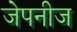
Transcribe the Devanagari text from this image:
जेपनीज